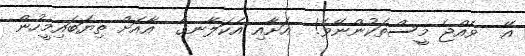
އޭ  ވެއްޖެ މީސްތަކުންނޭވެ!  އަށާއި އެކަލާނގެ  އާއަށް ތިޔަބައިމީހުން